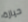
حيازة